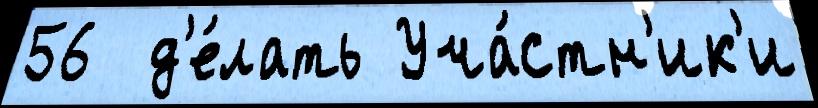
56  д'е́лать Уча́стн'ик'и